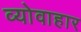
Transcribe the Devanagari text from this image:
व्योवाहार